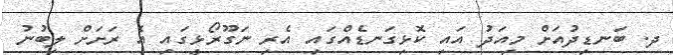
ދ. ބަނޑިދުއަށް މިއަދު އައި ކޮޅިގަނޑެއްގައި އެރި ނަގޫރޯޅީގައި އެ ރަށަށް ލިބުނު